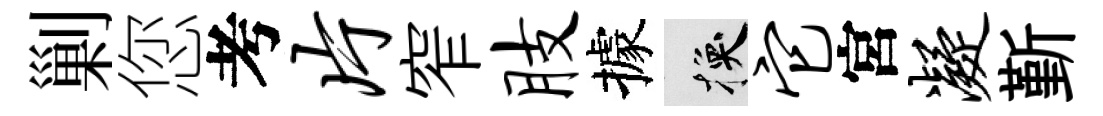
剿您考片窄肢據换它宮凝斳